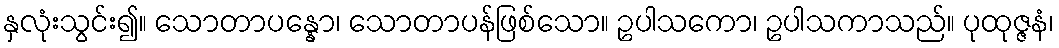
နှလုံးသွင်း၍။ သောတာပန္နော၊ သောတာပန်ဖြစ်သော။ ဥပါသကော၊ ဥပါသကာသည်။ ပုထုဇ္ဇနံ၊